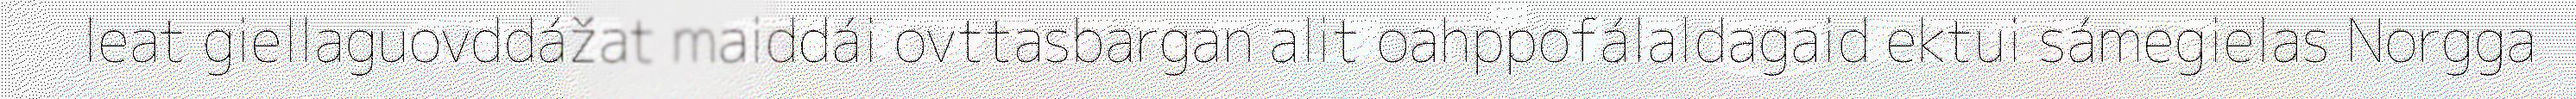
leat giellaguovddážat maiddái ovttasbargan alit oahppofálaldagaid ektui sámegielas Norgga